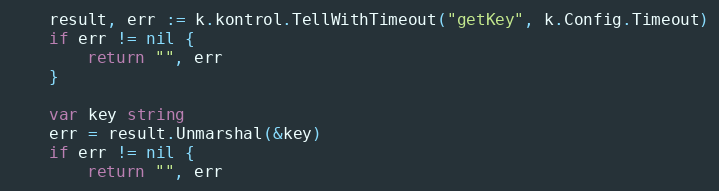
Language: Go
	result, err := k.kontrol.TellWithTimeout("getKey", k.Config.Timeout)
	if err != nil {
		return "", err
	}

	var key string
	err = result.Unmarshal(&key)
	if err != nil {
		return "", err